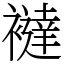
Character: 𧞅